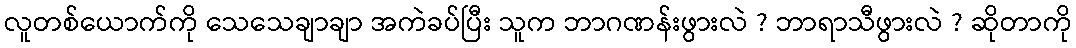
လူတစ်ယောက်ကို သေသေချာချာ အကဲခပ်ပြီး သူက ဘာဂဏန်းဖွားလဲ ? ဘာရာသီဖွားလဲ ? ဆိုတာကို